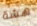
هشة